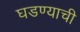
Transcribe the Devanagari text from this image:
घडण्याची